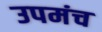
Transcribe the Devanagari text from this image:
उपमंच